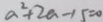
a ^ { 2 } + 2 a - 1 5 = 0